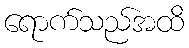
ရောက်သည်အထိ